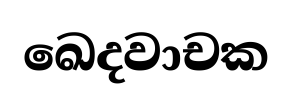
ඛෙදවාචක